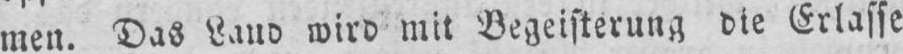
men. Das Land wird mit Begeisterung die Erlasse